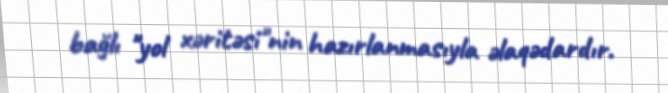
bağlı "yol xəritəsi"nin hazırlanmasıyla əlaqədardır.